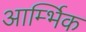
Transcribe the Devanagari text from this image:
आर्म्भिक